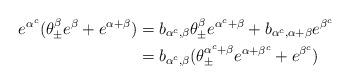
LaTeX: \begin{align*}e^{\alpha^c}(\theta^\beta_\pm e^\beta + e^{\alpha+\beta}) &= b_{\alpha^c, \beta} \theta^\beta_\pm e^{\alpha^c + \beta} + b_{\alpha^c, \alpha+\beta} e^{\beta^c}\\&= b_{\alpha^c, \beta}(\theta^{\alpha^c+\beta}_\pm e^{\alpha+\beta^c} + e^{\beta^c}) \end{align*}